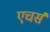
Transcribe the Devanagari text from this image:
एचर्स